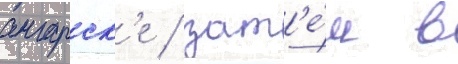
ангарск'е / зат'е́м в